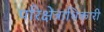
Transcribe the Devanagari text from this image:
परिक्षेत्राधिकारी